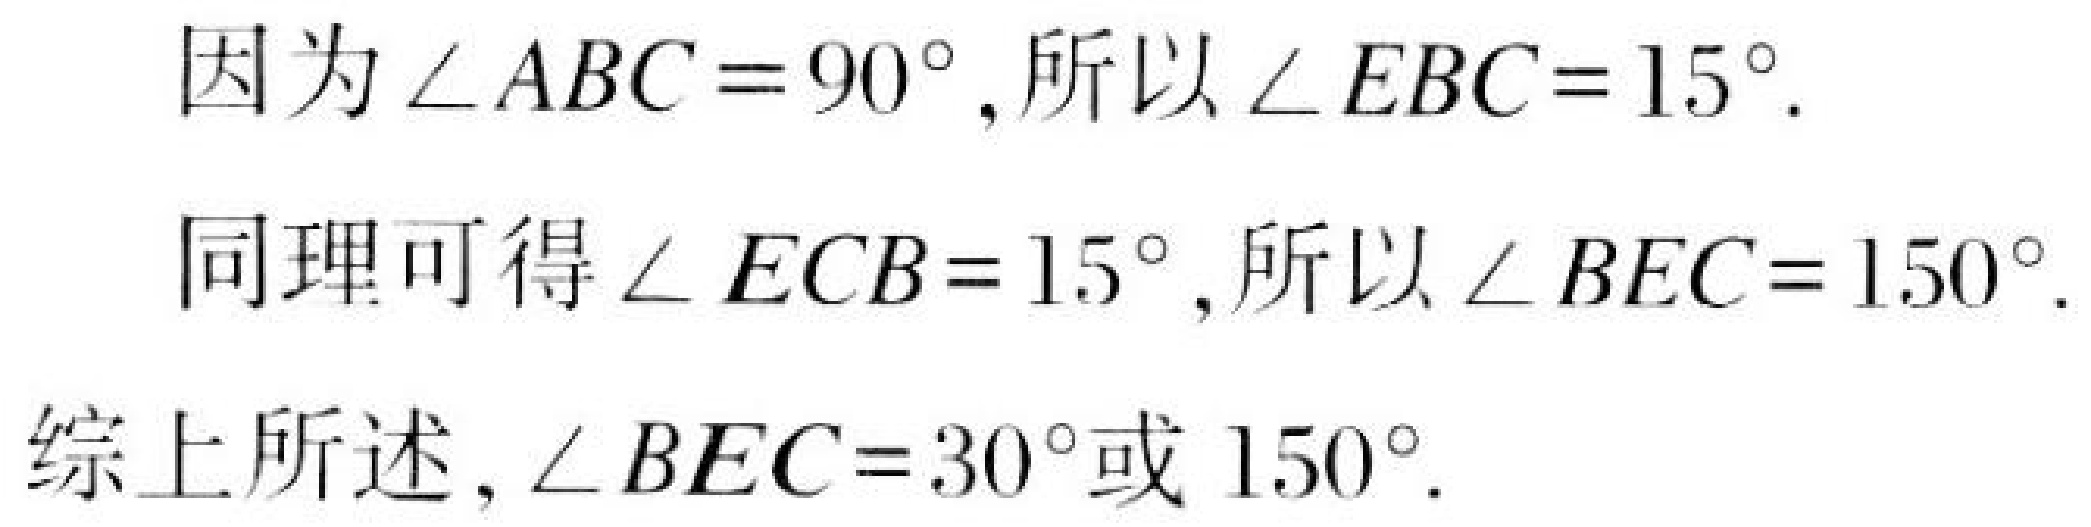
因为\(\angle ABC = 90^{\circ}\)，所以\(\angle EBC = 15^{\circ}\).
同理可得\(\angle ECB = 15^{\circ}\)，所以\(\angle BEC = 150^{\circ}\).
综上所述，\(\angle BEC = 30^{\circ}\)或\(150^{\circ}\).